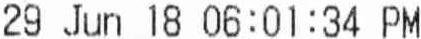
29 JUN 18 06:01:34 PM